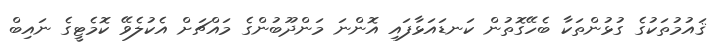
ޤައުމުތަކުގެ ގުޅުންތަކާ ބެހޭގޮތުން ކަނޑައަޅާފައި އޮންނަ މަންދޫބުންގެ މައްޗަށް އެކުލެވޭ ކޮމެޓީގެ ނައިބް